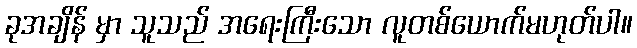
ခုအချိန် မှာ သူသည် အရေးကြီးသော လူတစ်ယောက်မဟုတ်ပါ။